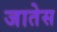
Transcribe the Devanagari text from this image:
जातेस